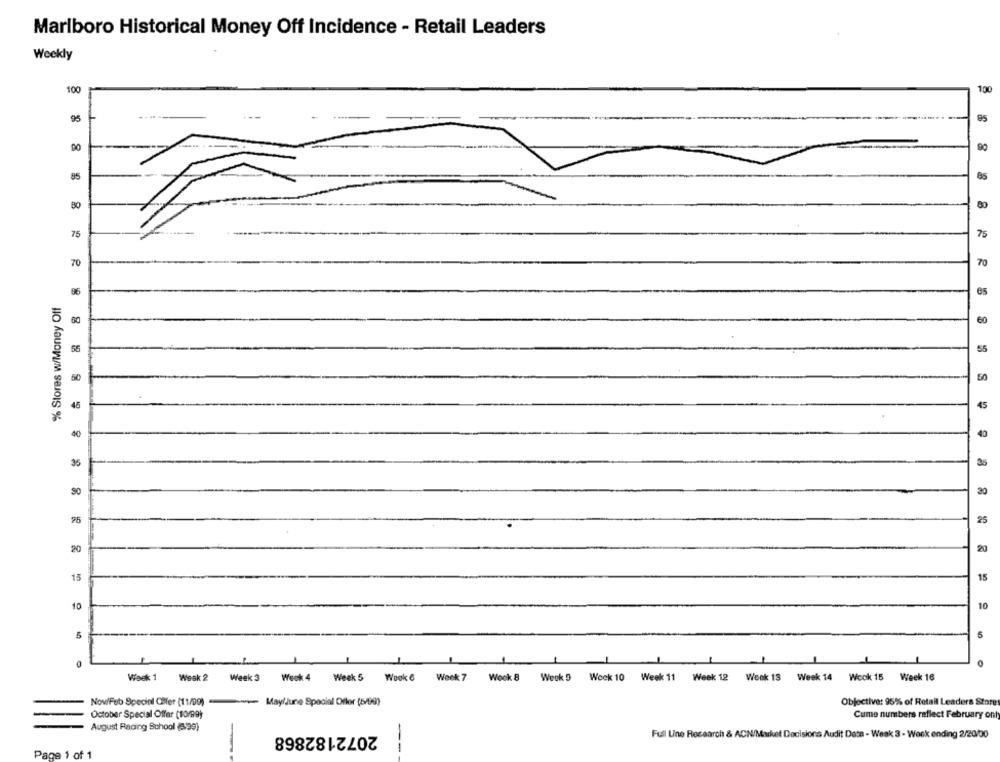
Marlboro Historical Money Off Incidence - Retail Leaders
Weekly
100
100
95
90
90
85
85
80
80
75
75
70
70
% Stores w/Money Off
56
50
50
45
40
40
35
35
30
26
25
20
20
15
15
10
10
5
Week 1
Week 2
Week 3 Wook 4 Week 5 Wook 6 Week 7
Wook 8
Week 9 Week 10 Week 11 Week 12 Wenk 13 Week 14 Wook 15 Week 16
Nov/Feb Special Offer (11/09)
www May/June Special Offer (6/99)
Objective: 95% of Retail Leaders Store
October Special Offer (10/99)
Cume numbers reflect February only
August Racing School (8/99)
2072182868
Full Line Research & ACN/Market Decisions Audit Data - Weak 3 - Week ending 2/20/00
Page 1 of 1
--